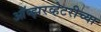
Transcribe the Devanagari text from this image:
ऑब्झरव्हेटरीच्या